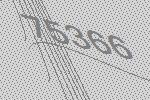
75366